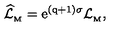
\widehat { \cal L } _ { _ \mathrm { M } } = \mathrm { e } ^ { { ( \mathrm { q + 1 ) } } \sigma } { \cal L } _ { _ \mathrm { M } } ,